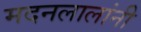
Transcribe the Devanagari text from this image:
मदनलालांनी